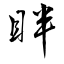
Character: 眫